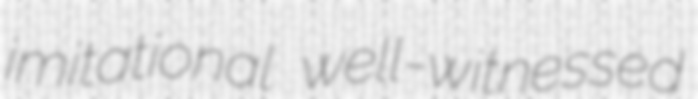
imitational well-witnessed